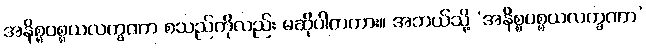
အနိစ္စပစ္စယလက္ခဏာ စသည်ကိုလည်း မဆိုပါတကား။ အဘယ်သို့ ‘အနိစ္စပစ္စယလက္ခဏာ’